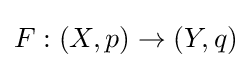
F:(X,p)\to (Y,q)